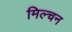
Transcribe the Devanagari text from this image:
मिल्चन